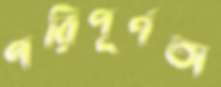
পরিপূর্ণতা